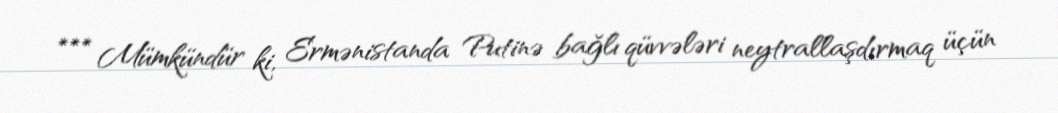
*** Mümkündür ki, Ermənistanda Putinə bağlı qüvvələri neytrallaşdırmaq üçün